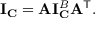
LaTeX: \mathbf { I } _ { \mathbf { C } } = \mathbf { A } \mathbf { I } _ { \mathbf { C } } ^ { B } \mathbf { A } ^ { \mathsf { T } } .